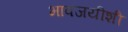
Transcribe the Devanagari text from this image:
भावजयीशी